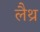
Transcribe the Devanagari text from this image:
लैथ्र